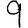
Digit: 9